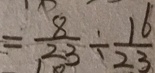
= \frac { 8 } { 2 3 } \div \frac { 1 6 } { 2 3 }